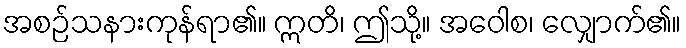
အစဉ်သနားကုန်ရာ၏။ ဣတိ၊ ဤသို့။ အဝေါစ၊ လျှောက်၏။